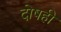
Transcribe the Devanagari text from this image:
दोषही